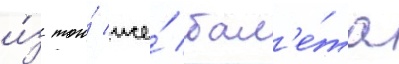
и́з того́ же́ бал'е́та